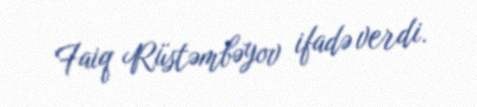
Faiq Rüstəmbəyov ifadə verdi.